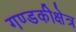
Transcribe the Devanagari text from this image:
गण्डकीक्षेत्र